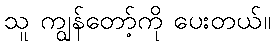
သူ ကျွန်တော့်ကို ပေးတယ်။